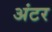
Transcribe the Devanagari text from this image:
अंटर